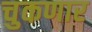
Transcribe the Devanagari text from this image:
चुकणार